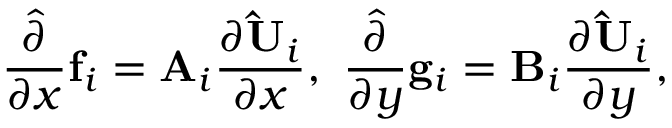
\frac { \hat { \partial } } { \partial x } \mathbf { f } _ { i } = \mathbf { A } _ { i } \frac { \partial { \mathbf { \hat { U } } _ { i } } } { \partial x } , \ \frac { \hat { \partial } } { \partial y } \mathbf { g } _ { i } = \mathbf { B } _ { i } \frac { \partial { \mathbf { \hat { U } } _ { i } } } { \partial y } ,